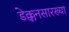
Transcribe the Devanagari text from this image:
डेक्कनसारख्या